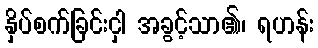
နှိပ်စက်ခြင်းငှါ အခွင့်သာ၏၊ ရဟန်း